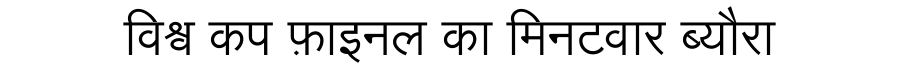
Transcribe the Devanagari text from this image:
विश्व कप फ़ाइनल का मिनटवार ब्यौरा